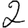
Digit: 2